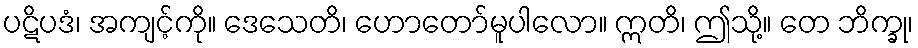
ပဋိပဒံ၊ အကျင့်ကို။ ဒေသေတိ၊ ဟောတော်မူပါလော။ ဣတိ၊ ဤသို့။ တေ ဘိက္ခု၊